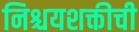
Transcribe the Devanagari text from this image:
निश्चयशक्तीची